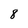
Character: 8